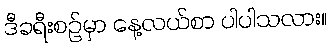
ဒီခရီးစဉ်မှာ နေ့လယ်စာ ပါပါသလား။